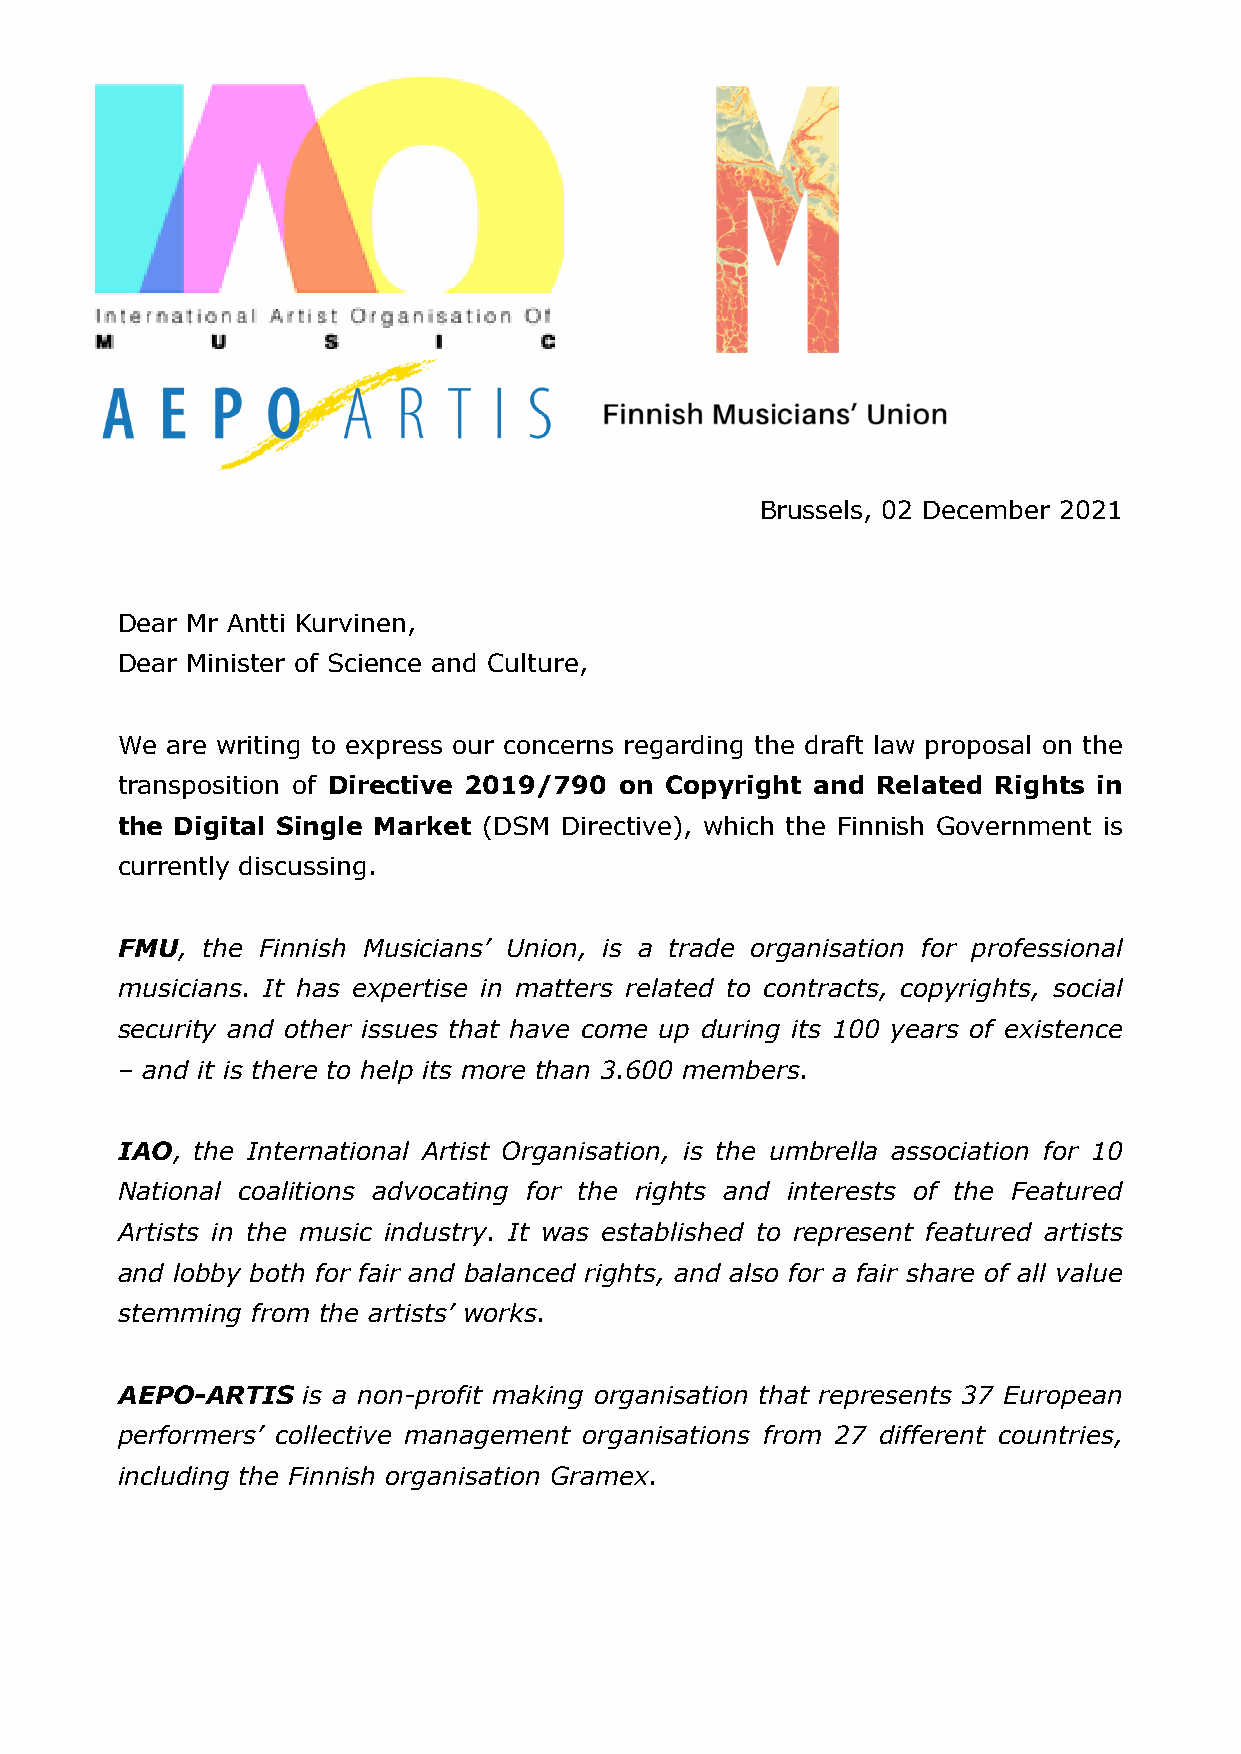
Brussels, 02 December 2021
 Dear Mr Antti Kurvinen,
 Dear Minister of Science and Culture,
 We are writing to express our concerns regarding the draft law proposal on the
 transposition of Directive 2019/790 on Copyright and Related Rights in
 the Digital Single Market (DSM Directive), which the Finnish Government is
 currently discussing.
 FMU, the Finnish Musicians’ Union, is a trade organisation for professional
 musicians. It has expertise in matters related to contracts, copyrights, social
 security and other issues that have come up during its 100 years of existence
 – and it is there to help its more than 3.600 members.
 IAO, the International Artist Organisation, is the umbrella association for 10
 National coalitions advocating for the rights and interests of the Featured
 Artists in the music industry. It was established to represent featured artists
 and lobby both for fair and balanced rights, and also for a fair share of all value
 stemming from the artists’ works.
 AEPO-ARTIS  is a non-profit making organisation that represents 37 European
 performers’ collective management organisations from 27 different countries,
 including the Finnish organisation Gramex.